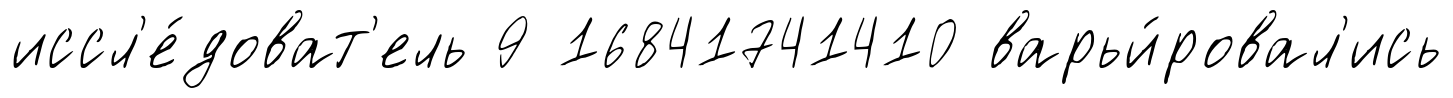
иссл'е́доват'ель 9 16841741410 варьи́ровал'ись